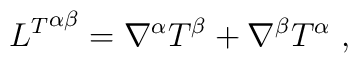
{L^{T}}^{\alpha\beta}=\nabla^{\alpha}T^{\beta}+\nabla^{\beta}T^{\alpha}\ ,